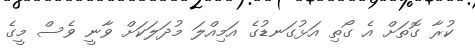
ކުރާ ގޮތަށް އެ ގޯތި އަޅުގަނޑުގެ އަމިއްލަ މުދަލަކަށް ވާނީ ވެސް މީގެ